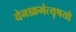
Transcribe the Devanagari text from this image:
येनाक्रमंत्यृषयो